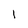
Character: 1